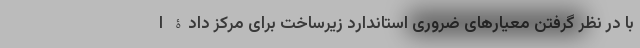
با در نظر گرفتن معیارهای ضروری استاندارد زیرساخت برای مرکز دادۀ ا